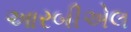
આરબીએલ